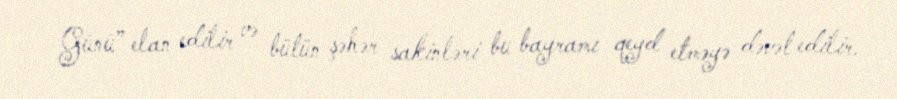
Günü” elan edilir və bütün şəhər sakinləri bu bayramı qeyd etməyə dəvət edilir.